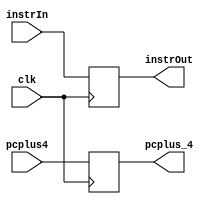
`timescale 1ns / 1ps

module IFID_Register(

	input clk,
	input [31:0] instrIn,
	input [31:0] pcplus4,
	output reg [31:0] instrOut,
	output reg [31:0] pcplus_4
    );

always @(posedge clk)
begin
 instrOut <= instrIn;
 pcplus_4 <= pcplus4;
end

endmodule